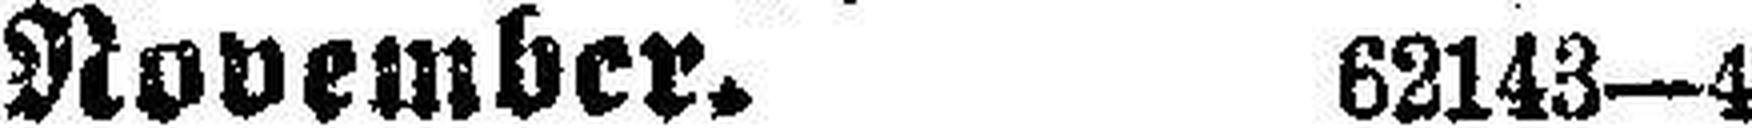
November. 62143—4